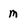
Character: M